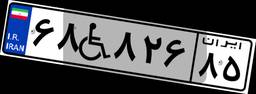
۶۸W۸۲۶۸۵